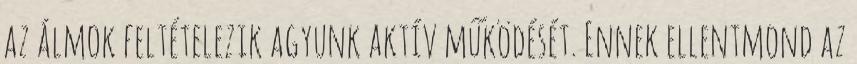
az álmok feltételezik agyunk aktív működését. Ennek ellentmond az